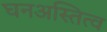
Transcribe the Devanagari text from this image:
घनअस्तित्व